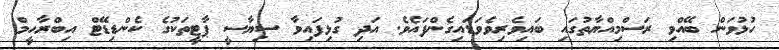
ހުޅުވަން ބޭއްވި ރަސްމިއްޔާތުގައި ބައިވެރިވެވަޑައިގެންފައެވެ. އަދި ގުޅިފައިވާ ސިޔާސީ ޕާޓީތަކުގެ ކެންޑިޑޭޓް އިބްރާހީމް